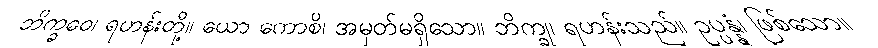
ဘိက္ခဝေ၊ ရဟန်းတို့။ ယော ကောစိ၊ အမှတ်မရှိသော။ ဘိက္ခု၊ ရဟန်းသည်။ ဥပ္ပန္နံ၊ ဖြစ်သော။